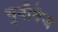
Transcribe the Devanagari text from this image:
युनीगेज